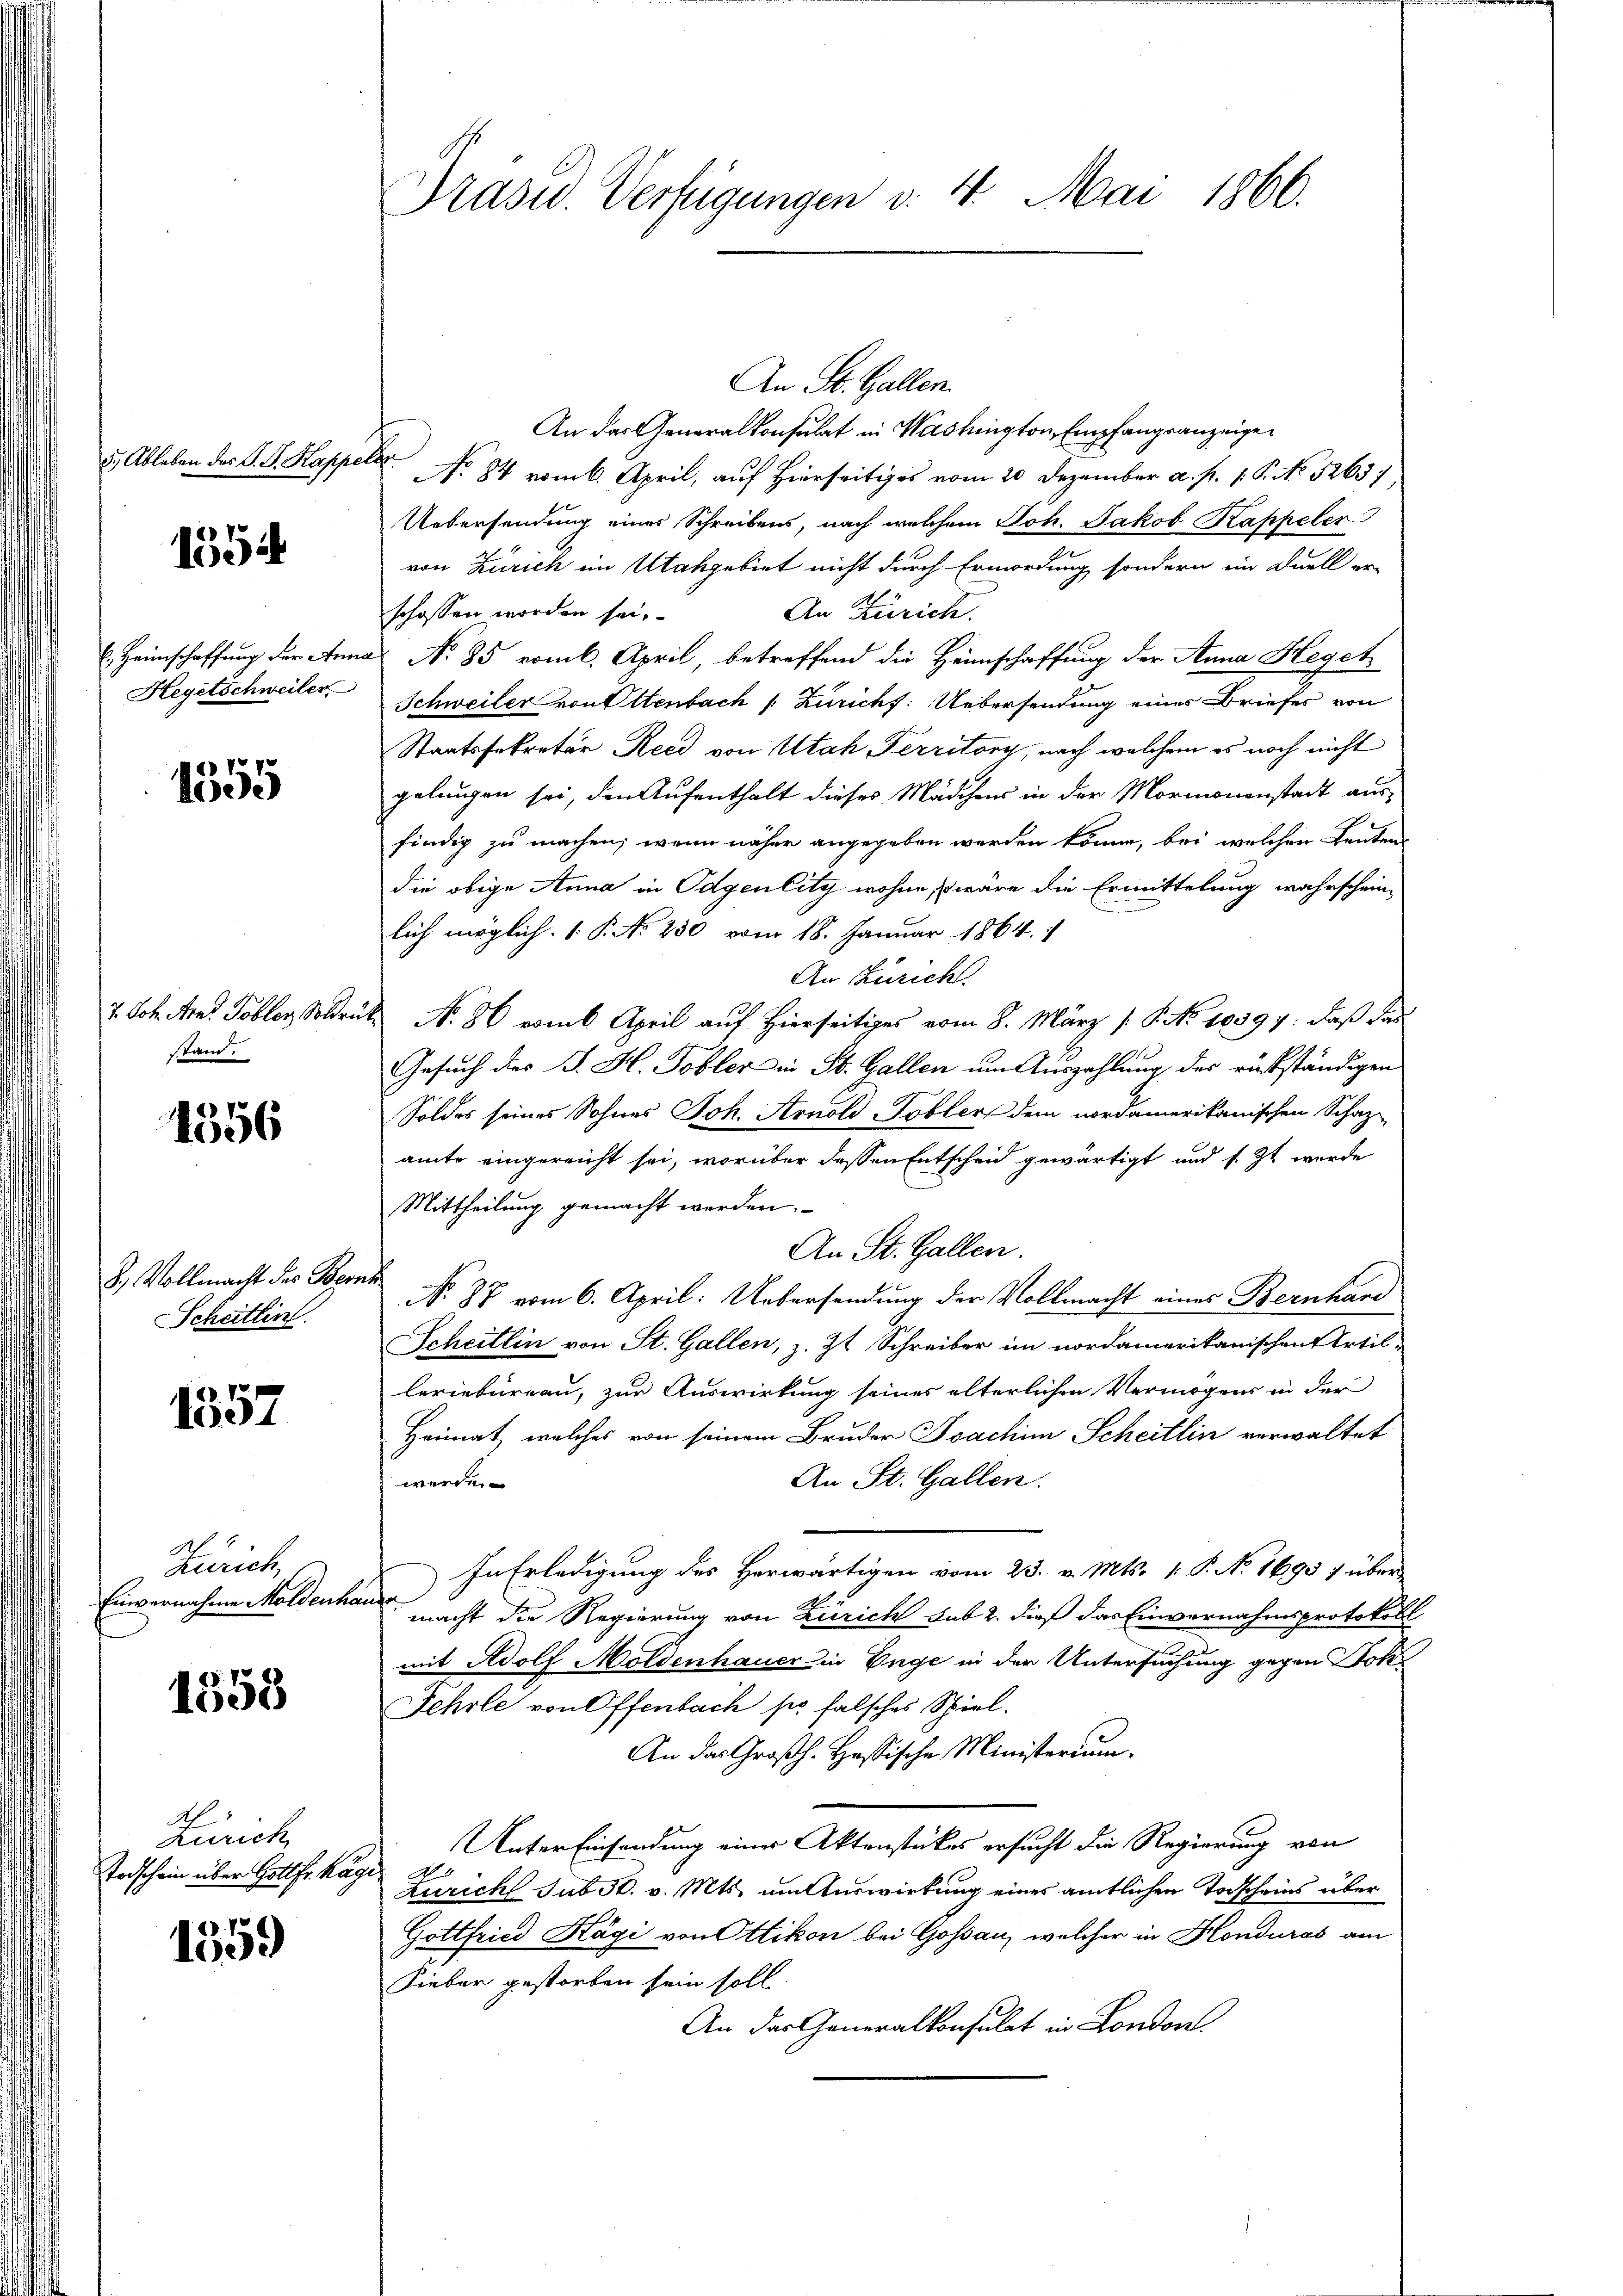
5.) Ableben des S. S. Kappe

1554

l. Heimschaffung der Ann
Hegetschweiler

1355

7. Joh. Arn. Tobler, Solden
stand.

1356

8. Vollmacht des Ber
Scheitlin

1357

Zürich
Einvernahme Moldenha

1553

.
Zürich
Todschein über Gottfr. Käg

1559

Präsid. Verfügungen v. 4. Mai 1866.

An St. Gallen.
An das Generalkonsulat in Washington Empfangsanzeigen
t
No 84 vom 6. April, auf Hierseitiges vom 20 Dezember a. p. 1. P. No 5263
Uebersendung eines Schreibens, nach welchem Joh. Jakob Kappeler
von Zürich im Mangebiet nicht durch Ermordung sondern in Duell er-
An Zürich.
schossen worden sei.
No 85 romb. April, betreffend die Heimschaffung der Anna Heget
Schweiler von Ottenbach /: Züricht: Uebersendung einer Briefer von
Staatssekretär Ried von Utah Territory, nach welchem es noch nicht
gelungen sei, den Aufenthalt dieses Mädchens in der Mormonenstadt aus-
findig zu machen; wenn näher angegeben werden könne, bei welchen Leuten-
die obige Anna in Odgenlity wohne, so wäre die Ermittelung wahrschein-
lich möglich. 1. P. No 250 vom 18. Januar 1864. 1
An Züricht.
No. 86 eins April auf Hierseitiges vom 8. März /: P. No 10597: daß das
Gesuch des J. H. Tobler in St. Gallen um Auszahlung des rückständigen
Soldes seines Sohnes Joh. Arnold-Tobler dem nordamerikanischen Schaz-
amte eingereicht sei, worüber dessen Entscheid gewärtigt und s. Zt. werde
Mittheilung gemacht werden.
An St. Gallen.
No. 37 vom 6. April: Uebersendung der Vollmacht eines Bernhard
Scheitlin von St. Gallen, z. Zt. Schreiber im nordamerikanischen Artil-
leriebureau, zur Auswirkung seines älterlichen Vermögens in der
Heimat, welches von seinem Bruder Joachim Scheitlin verwaltet
An St. Gallen.
werde.
In Erledigung des Herwärtigen vom 23. v. Mts. 1. P. No 1695 f über
macht die Regierung von Zürich sub 2. dieß das Einvernahmsprotokoll
mit Adolf Moldenhauer in Enge in der Untersuchung gegen Jok
Fehrle von Offenbach so falsches Spiel.
An das Großh. Hassische Ministerium.
Unter Einsendung einer Aktenstückes ersucht die Regierung von
.
urich sub N. v. Mts. um Auswirkung eines amtlichen Todscheins über
Gottfried Kägi von Ottikon bei Gossau, welcher in Honduras am
Sieber gestorben sein soll
An das Generalkonsulat in London.